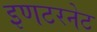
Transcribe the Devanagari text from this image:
इणटरनेट